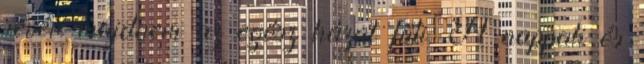
révén majdnem az egész házat fűti. A nappali és